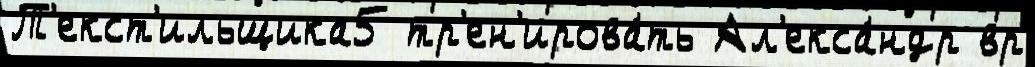
Т'екст'ильщика5 тр'ен'ирова́ть Ал'екса́ндр вр